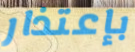
بإعتذار